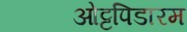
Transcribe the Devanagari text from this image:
ओट्टपिडारम